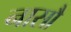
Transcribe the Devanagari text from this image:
नासौ